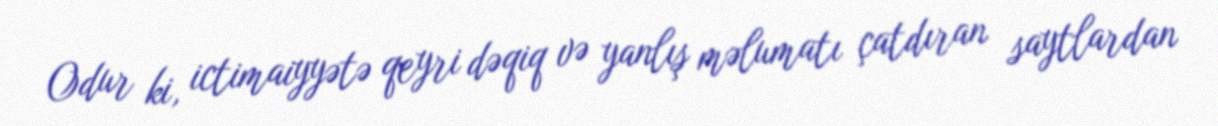
Odur ki, ictimaiyyətə qeyri dəqiq və yanlış məlumatı çatdıran saytlardan